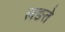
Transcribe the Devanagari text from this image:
लङते